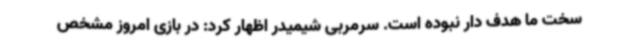
سخت ما هدف دار نبوده است. سرمربی شیمیدر اظهار کرد: در بازی امروز مشخص